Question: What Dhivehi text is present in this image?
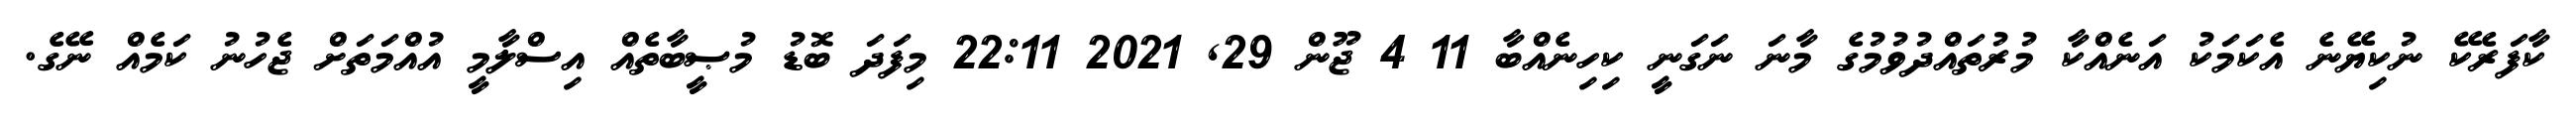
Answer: ކާފަރެކޭ ނުކިޔޭނެ އެކަމަކު އަނެއްކާ މުރުތައްދުވުމުގެ މާނަ ނަގަނީ ކިހިނެއްބާ 11 4 ޖޫން 29, 2021 22:11 މިފަދަ ބޮޑު މުޞީބާތެއް އިސްލާމީ އުއްމަތަށް ޖެހުނު ކަމެއް ނޭގެ.